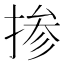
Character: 掺